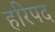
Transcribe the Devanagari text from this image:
हरिपद